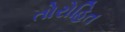
તોરોહિત